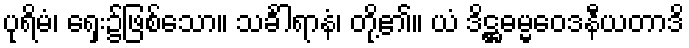
ပုရိမံ၊ ရှေး၌ဖြစ်သော။ သင်္ခါရာနံ၊ တို့၏။ ယံ ဒိဋ္ဌဓမ္မဝေဒနီယတာဒိ